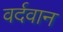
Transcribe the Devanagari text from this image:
वर्दवान